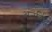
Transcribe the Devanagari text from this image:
अंतर्विद्ध